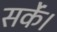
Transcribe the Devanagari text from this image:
सकेंं।